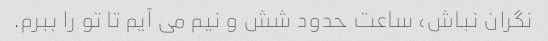
نگران نباش، ساعت حدود شش و نیم می آیم تا تو را ببرم.